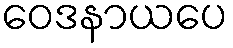
ဝေဒနာယပေ